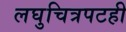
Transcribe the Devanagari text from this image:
लघुचित्रपटही